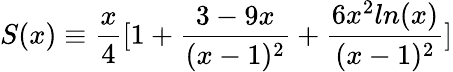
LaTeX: S(x)\equiv\frac{x}{4}[1+\frac{3-9x}{(x-1)^{2}}+\frac{6x^{2}ln(x)}{(x-1)^{2}}]